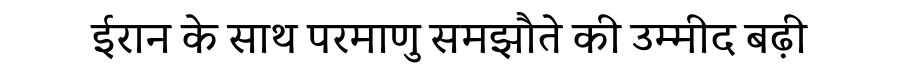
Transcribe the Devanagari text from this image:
ईरान के साथ परमाणु समझौते की उम्मीद बढ़ी